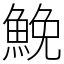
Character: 鮸